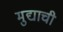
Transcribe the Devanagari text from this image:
मुद्याची